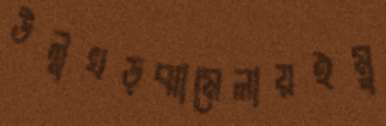
উলুখড়ঝামেলায়ইমু